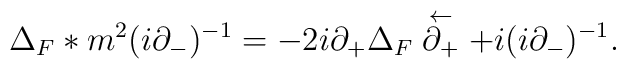
\Delta_F \ast m^2 (i\partial_{-})^{-1} = - 2i \partial_{+}\Delta_F \stackrel{\leftarrow}{\partial_{+}} + i (i\partial_{-})^{-1} .